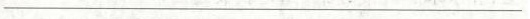
___